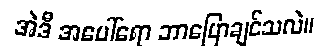
အဲဒီ အပေါ်ရော ဘာပြောချင်သလဲ။